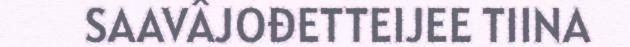
SAAVÂJOĐETTEIJEE TIINA